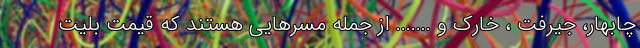
چابهار، جیرفت ، خارک و ....... از جمله مسرهایی هستند که قیمت بلیت